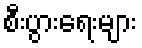
စီးပွားရေးများ